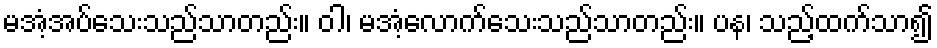
မအံ့အပ်သေးသည်သာတည်း။ ဝါ၊ မအံ့လောက်သေးသည်သာတည်း။ ပန၊ သည့်ထက်သာ၍